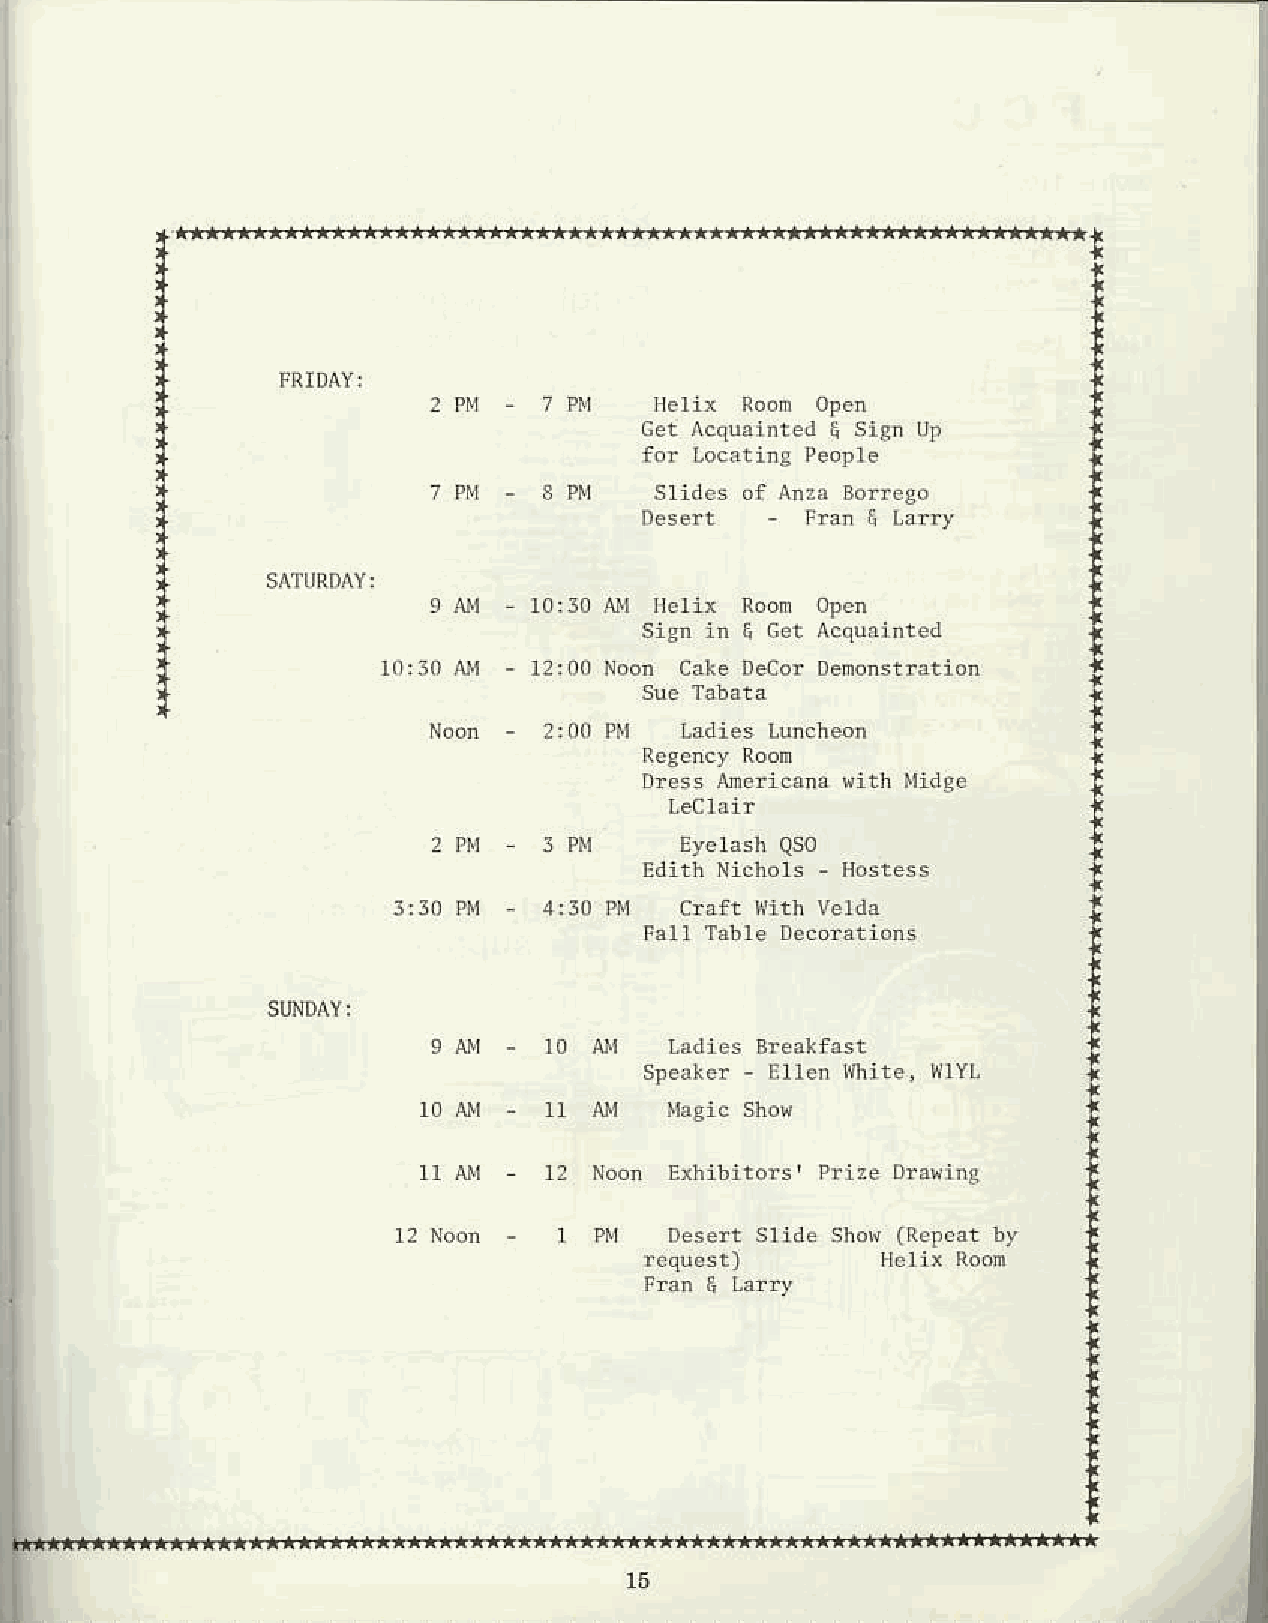
l                                                             l
 I                                                             t
 ,                              t                              l
 I                                                             I
 *                                                              l
 I        rnrorv,
 , PM - 7 PM   Helix Roon ope,
 I                                                             I
 :l                               Get Acdainted I stm Uo       I
 t   '  o  l  l  o   c   a  r   l  n  g   y   e  o   p   r  e   t
 7 PM - 3 Pl4    ides oI Anzas oneso
 I                                -si                          t
 *                                ueserr  - rrsn d Hny         I
 +                                                              t
 f       srrunolv,                                             I
 '                   Rom  oPm
 I                                _Fcri'                       I
 I  "  l  g  n   j n   q  c  e  t  A   c  q  u   l n   t  e  d  I
 10:30 Ar'r - 12:00 oon ca*e Deco! Denonsilatlon
 I                                                             I
 L3dics Luncheon
 t
 ResercyR od                  I
 Dr€ss Anedcaa eitn idg€      t
 Leclai?
 |
 2 pM - s prtr   Eyerasha so                !
 Fdirn Nichols _ Hostess
 t
 3:30 PM - 4:30 PM  Craft l{ith velda
 I
 T
 I
 SUNDAY:
 I
 Ladies !rea*I6t
 I
 speare! - Etlen flhile, HIYL
 I
 r0 AM - rr r$r  MaEtcs ho{
 I
 Ex]libttofs' Pliz€ Dla{ing
 X
 I
 pv  D.rer sride shou (RepesLb y
 t
 request)       d6rix Roon    f
 Fanelaf'
 I
 T
 *
 T
 I